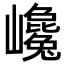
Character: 巉